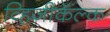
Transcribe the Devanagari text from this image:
व्हिजीकॅल्क